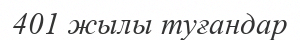
401 жылы туғандар